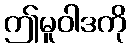
ဤမူဝါဒကို